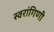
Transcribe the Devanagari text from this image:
स्वरांगिणी